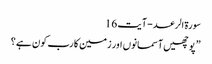
سورة الرعد - آیت 16
” پوچھیں آسمانوں اور زمین کا رب کون ہے ؟